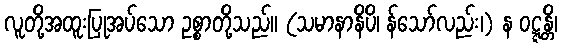
လူတို့အထူးပြုအပ်သော ဥစ္စာတို့သည်။ (သမာနာနိပိ၊ န်သော်လည်း၊) န ဝဋ္ဋန္တိ၊